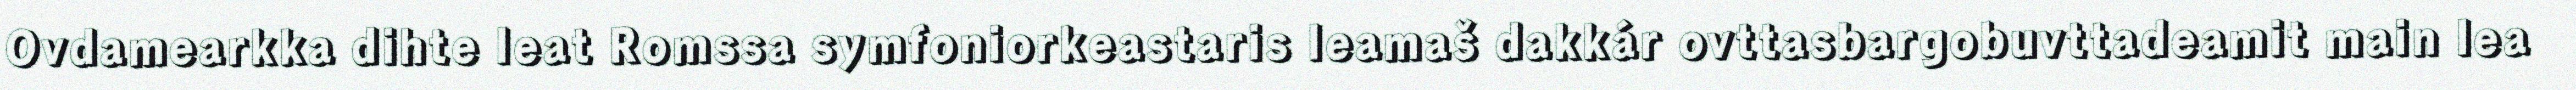
Ovdamearkka dihte leat Romssa symfoniorkeastaris leamaš dakkár ovttasbargobuvttadeamit main lea